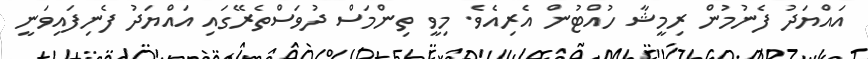
އައްޔަދު ފެނުމުން ރިމީޝާ ހުއްޓުން އެރިއެވެ. މިވީ ތިންމަސް ދުވަސްތެރޭގައި އައްޔަދު ފެނިފައިވަނީ